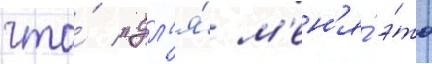
что́ "дл'я́ м'ен'я́ э́то